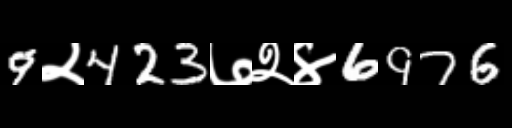
Text: 9२423७२४6976